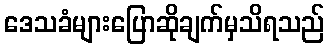
ဒေသခံများပြောဆိုချက်မှသိရသည်